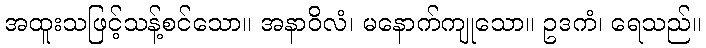
အထူးသဖြင့်သန့်စင်သော။ အနာဝိလံ၊ မနောက်ကျုသော။ ဥဒကံ၊ ရေသည်။